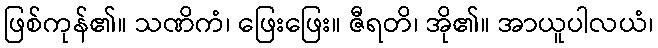
ဖြစ်ကုန်၏။ သဏိကံ၊ ဖြေးဖြေး။ ဇီရတိ၊ အို၏။ အာယူပါလယံ၊